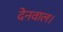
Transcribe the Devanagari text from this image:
देनवाल।